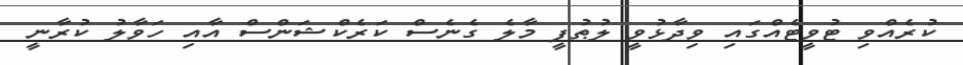
ކުރެއްވި ޓުވީޓެއްގައި ވިދާޅުވީ ލުޠުފީ މާލެ ގެނެސް ކަރެކްޝަންސް އާއި ހަވާލު ކުރާނީ